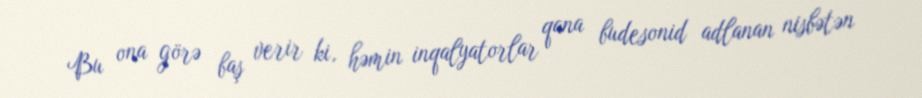
Bu ona görə baş verir ki, həmin inqalyatorlar qana budesonid adlanan nisbətən